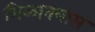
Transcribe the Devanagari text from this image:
मिळावयास